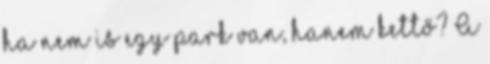
ha nem is egy park van, hanem kettő? A